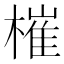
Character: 槯